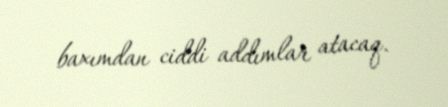
baxımdan ciddi addımlar atacaq.